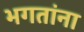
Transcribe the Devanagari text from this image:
भगतांना